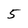
Character: 5